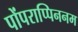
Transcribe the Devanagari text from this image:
पोंपराप्पिननम